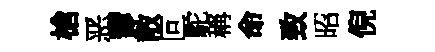
槍恶鬱散叵駝稱命致昭倪